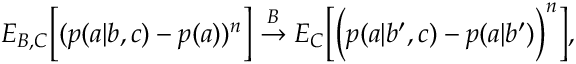
\begin{array} { r } { { E } _ { B , C } \Big [ ( p ( a | b , c ) - p ( a ) ) ^ { n } \Big ] \stackrel { B } { \rightarrow } { E } _ { C } \Big [ \Big ( p ( a | b ^ { \prime } , c ) - p ( a | b ^ { \prime } ) \Big ) ^ { n } \Big ] , } \end{array}